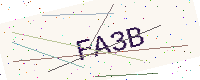
Text: FA3B